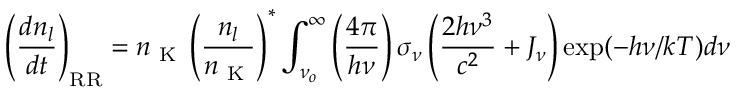
\left( \frac { d n _ { l } } { d t } \right) _ { \scriptsize \mathrm { R R } } = n \textsubscript { K } \left( \frac { n _ { l } } { n \textsubscript { K } } \right) ^ { * } \int _ { \nu _ { o } } ^ { \infty } \left( { \frac { 4 \pi } { h \nu } } \right) \sigma _ { \nu } \left( { \frac { 2 h \nu ^ { 3 } } { c ^ { 2 } } } + J _ { \nu } \right) \exp ( - h \nu / k T ) d \nu